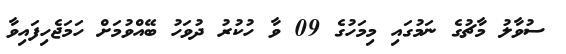
ސުވާލު މާޗުގެ ނަމުގައި މިމަހުގެ 09 ވާ ހުކުރު ދުވަހު ބޭއްވުމަށް ހަމަޖެހިފައިވާ